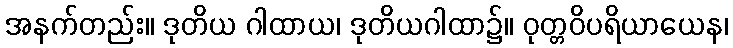
အနက်တည်း။ ဒုတိယ ဂါထာယ၊ ဒုတိယဂါထာ၌။ ဝုတ္တဝိပရိယာယေန၊